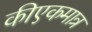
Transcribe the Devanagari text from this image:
कीएकमात्र